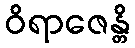
ဝိရာဇေန္တိ